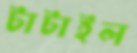
টাটাইল